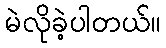
မဲလိုခဲ့ပါတယ်။